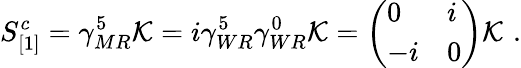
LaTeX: S_{[1]}^{c}=\gamma_{MR}^{5}{\cal K}=i\gamma_{WR}^{5}\gamma_{WR}^{0}{\cal K}=\left(\begin{array}{ll}{{0}}&{{i}}\\ {{-i}}&{{0}}\end{array}\right){\cal K}\, \, .